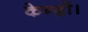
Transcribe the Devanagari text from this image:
केन्द्रों।